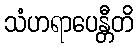
သံဟရာပေန္တီတိ